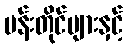
ပန်းတိုင်များနှင့်